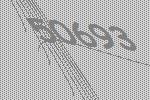
50693